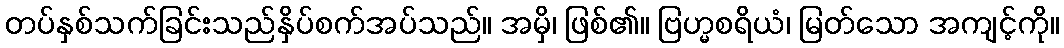
တပ်နှစ်သက်ခြင်းသည်နှိပ်စက်အပ်သည်။ အမှိ၊ ဖြစ်၏။ ဗြဟ္မစရိယံ၊ မြတ်သော အကျင့်ကို။